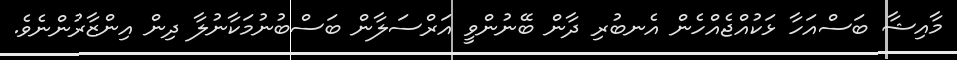
މާއިޝާ ބަސްއަހާ ޅަކުއްޖެއްހެން އެނބުރި ދާން ބޭނުންވީ އަރްސަލާން ބަސްބުނުމަކާނުލާ ދިން އިންޒާރުންނެވެ.